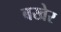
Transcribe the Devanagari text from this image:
बखेर